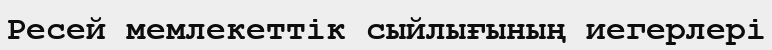
Ресей мемлекеттік сыйлығының иегерлері